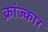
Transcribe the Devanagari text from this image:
क्रांज्कार